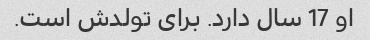
او 17 سال دارد. برای تولدش است.